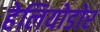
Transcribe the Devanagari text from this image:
हेलियोडोर